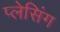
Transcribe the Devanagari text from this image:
प्लेसिंग